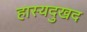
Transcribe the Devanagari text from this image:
हास्यदुखद